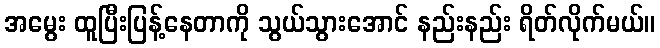
အမွေး ထူပြီးပြန့်နေတာကို သွယ်သွားအောင် နည်းနည်း ရိတ်လိုက်မယ်။